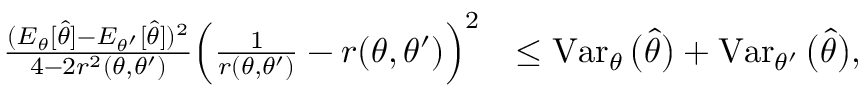
\begin{array} { r l } { \frac { ( E _ { \theta } [ \widehat \theta ] - E _ { \theta ^ { \prime } } [ \widehat \theta ] ) ^ { 2 } } { 4 - 2 r ^ { 2 } ( \theta , \theta ^ { \prime } ) } \Big ( \frac { 1 } { r ( \theta , \theta ^ { \prime } ) } - r ( \theta , \theta ^ { \prime } ) \Big ) ^ { 2 } } & { \leq \operatorname { V a r } _ { \theta } \big ( \widehat \theta \big ) + \operatorname { V a r } _ { \theta ^ { \prime } } \big ( \widehat \theta \big ) , } \end{array}